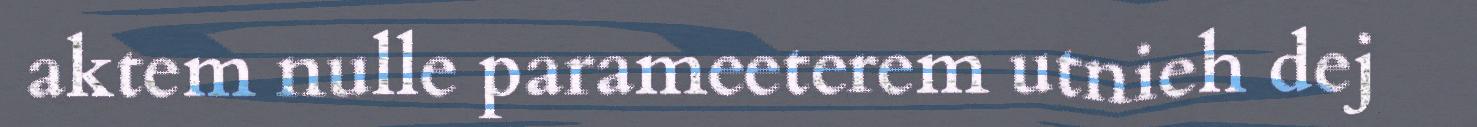
aktem nulle parameeterem utnieh dej